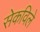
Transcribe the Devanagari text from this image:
सेकविले